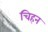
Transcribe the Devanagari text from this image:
चिहन